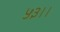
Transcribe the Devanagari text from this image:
५३।।